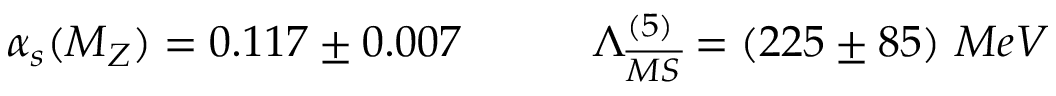
\alpha _ { s } ( M _ { Z } ) = 0 . 1 1 7 \pm 0 . 0 0 7 \qquad \quad \Lambda _ { \overline { { { M S } } } } ^ { ( 5 ) } = ( 2 2 5 \pm 8 5 ) ~ M e V